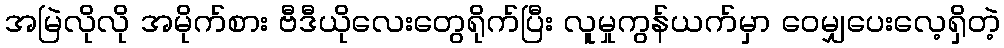
အမြဲလိုလို အမိုက်စား ဗီဒီယိုလေးတွေရိုက်ပြီး လူမှုကွန်ယက်မှာ ဝေမျှပေးလေ့ရှိတဲ့